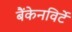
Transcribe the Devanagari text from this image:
बैंकेनविर्टे